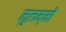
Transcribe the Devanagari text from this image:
मुलम्मों